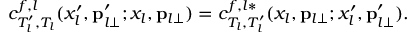
c _ { T _ { l } ^ { \prime } , T _ { l } } ^ { f , l } ( x _ { l } ^ { \prime } , { \bf p } _ { l \perp } ^ { \prime } ; x _ { l } , { \bf p } _ { l \perp } ) = c _ { T _ { l } , T _ { l } ^ { \prime } } ^ { f , l * } ( x _ { l } , { \bf p } _ { l \perp } ; x _ { l } ^ { \prime } , { \bf p } _ { l \perp } ^ { \prime } ) .